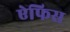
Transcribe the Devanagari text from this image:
ऐफिस